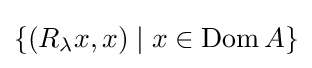
\{(R_{\lambda }x,x)\mid x\in \operatorname {Dom} A\}